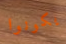
يكونوا